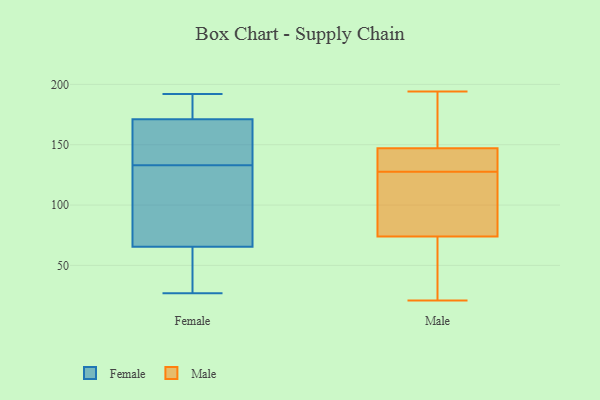
{"axis": {"x": "Conversion Rate (%)", "y": "Value"}, "legend": ["Female", "Male"], "data": [{"x": "", "y": 100, "type": "Female"}, {"x": "", "y": 122, "type": "Female"}, {"x": "", "y": 73, "type": "Female"}, {"x": "", "y": 146, "type": "Female"}, {"x": "", "y": 41, "type": "Female"}, {"x": "", "y": 135, "type": "Female"}, {"x": "", "y": 190, "type": "Female"}, {"x": "", "y": 88, "type": "Female"}, {"x": "", "y": 131, "type": "Female"}, {"x": "", "y": 27, "type": "Female"}, {"x": "", "y": 187, "type": "Female"}, {"x": "", "y": 164, "type": "Female"}, {"x": "", "y": 192, "type": "Female"}, {"x": "", "y": 37, "type": "Female"}, {"x": "", "y": 56, "type": "Female"}, {"x": "", "y": 176, "type": "Female"}, {"x": "", "y": 179, "type": "Female"}, {"x": "", "y": 139, "type": "Female"}, {"x": "", "y": 58, "type": "Female"}, {"x": "", "y": 166, "type": "Female"}, {"x": "", "y": 145, "type": "Male"}, {"x": "", "y": 194, "type": "Male"}, {"x": "", "y": 128, "type": "Male"}, {"x": "", "y": 21, "type": "Male"}, {"x": "", "y": 117, "type": "Male"}, {"x": "", "y": 126, "type": "Male"}, {"x": "", "y": 140, "type": "Male"}, {"x": "", "y": 162, "type": "Male"}, {"x": "", "y": 132, "type": "Male"}, {"x": "", "y": 179, "type": "Male"}, {"x": "", "y": 74, "type": "Male"}, {"x": "", "y": 36, "type": "Male"}, {"x": "", "y": 164, "type": "Male"}, {"x": "", "y": 147, "type": "Male"}, {"x": "", "y": 70, "type": "Male"}, {"x": "", "y": 127, "type": "Male"}, {"x": "", "y": 100, "type": "Male"}, {"x": "", "y": 59, "type": "Male"}]}